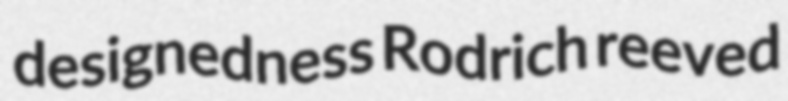
designedness Rodrich reeved